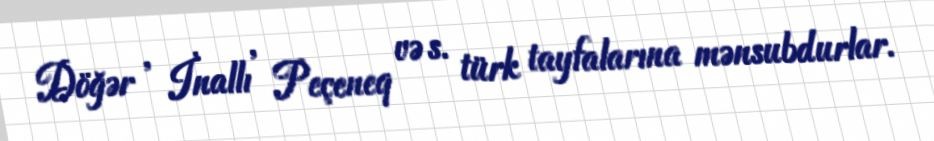
Döğər , İnallı , Peçeneq və s. türk tayfalarına mənsubdurlar.